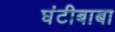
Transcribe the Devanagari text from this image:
घंटीबाबा